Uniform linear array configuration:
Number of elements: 48
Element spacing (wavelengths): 1
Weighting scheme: kaiser
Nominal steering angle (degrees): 30
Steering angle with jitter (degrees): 28.07
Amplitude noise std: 0.05
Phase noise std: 0.05

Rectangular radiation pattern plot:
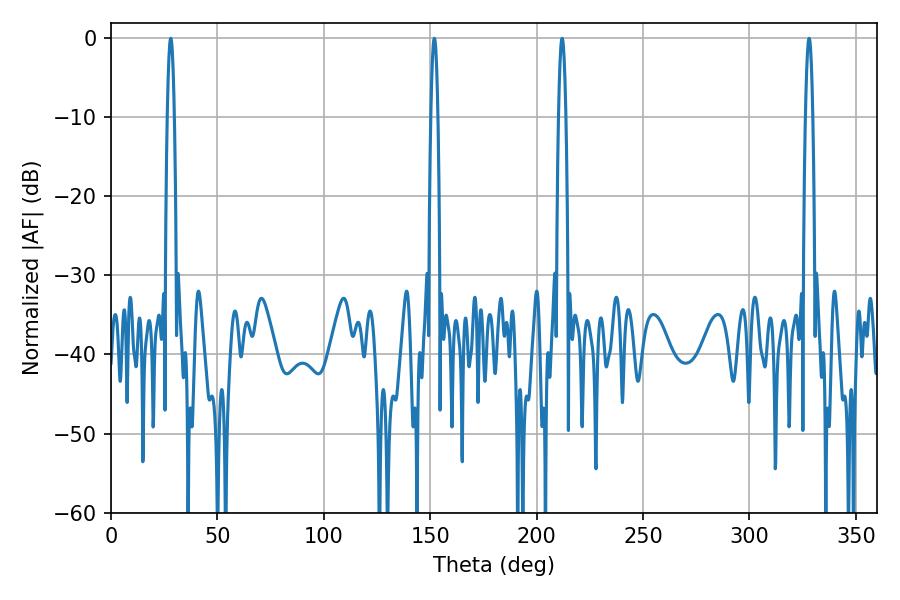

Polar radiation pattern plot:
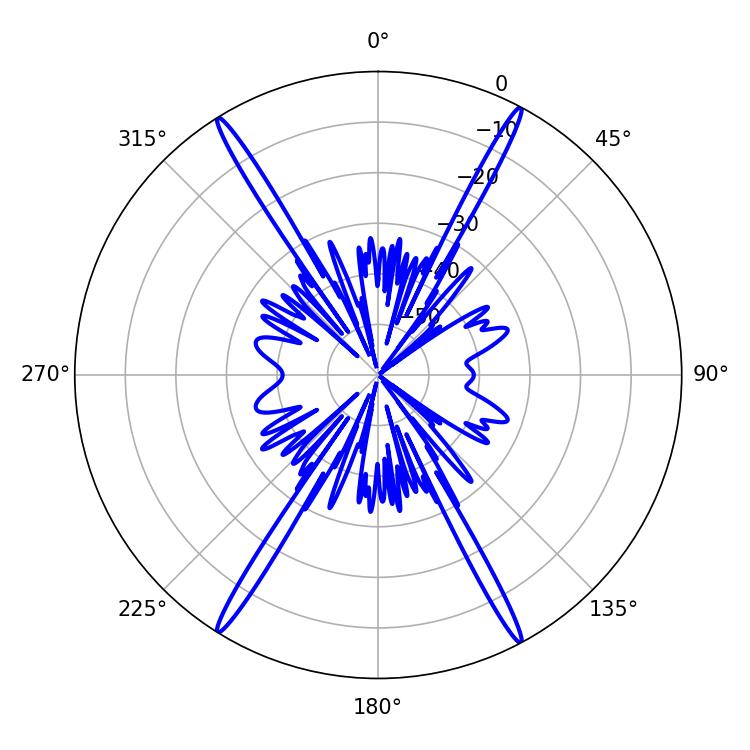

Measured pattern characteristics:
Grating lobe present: TRUE
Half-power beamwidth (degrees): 1.8
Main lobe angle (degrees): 151.92